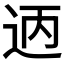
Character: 𫐣